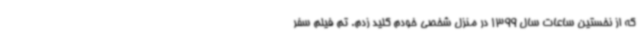
که از نخستین ساعات سال 1399 در منزل شخصی خودم کلید زدم. تم فیلم سفر